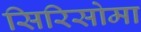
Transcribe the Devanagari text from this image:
सिरिसोमा